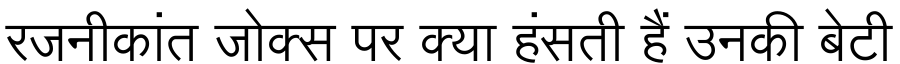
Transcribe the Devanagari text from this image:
रजनीकांत जोक्स पर क्या हंसती हैं उनकी बेटी